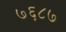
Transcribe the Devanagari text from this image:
७६८७